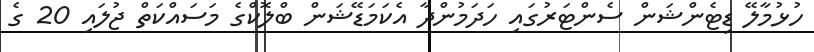
ހުޅުމާލޭ ޑިޓެންޝަން ސެންޓަރުގައި ހަދަމުންދާ އެކަމަޑޭޝަން ބްލޮކްގެ މަސައްކަތް ޖުލައި 20 ގެ